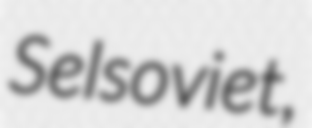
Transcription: Selsoviet,